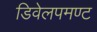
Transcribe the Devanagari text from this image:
डिवेलपमण्ट